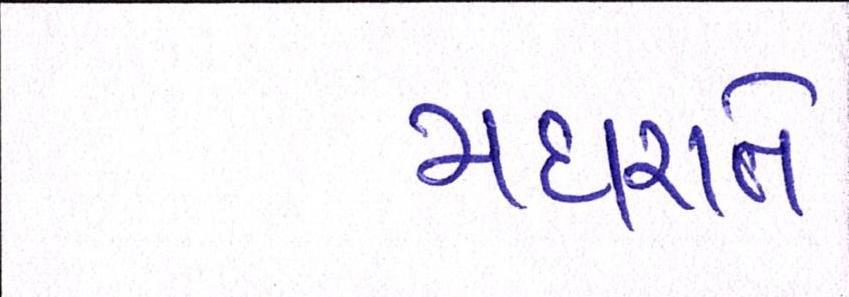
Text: મધરાતે